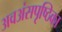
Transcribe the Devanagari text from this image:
अवअंसपृष्ठिका